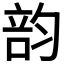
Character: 𥪇